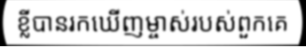
ខ្លីបានរកឃើញម្ចាស់របស់ពួកគេ